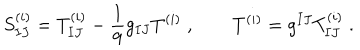
LaTeX: S _ { I J } ^ { ( i ) } = T _ { I J } ^ { ( i ) } - \frac { 1 } { 9 } g _ { I J } T ^ { ( i ) } \; , \qquad T ^ { ( i ) } = g ^ { I J } T _ { I J } ^ { ( i ) } \; .